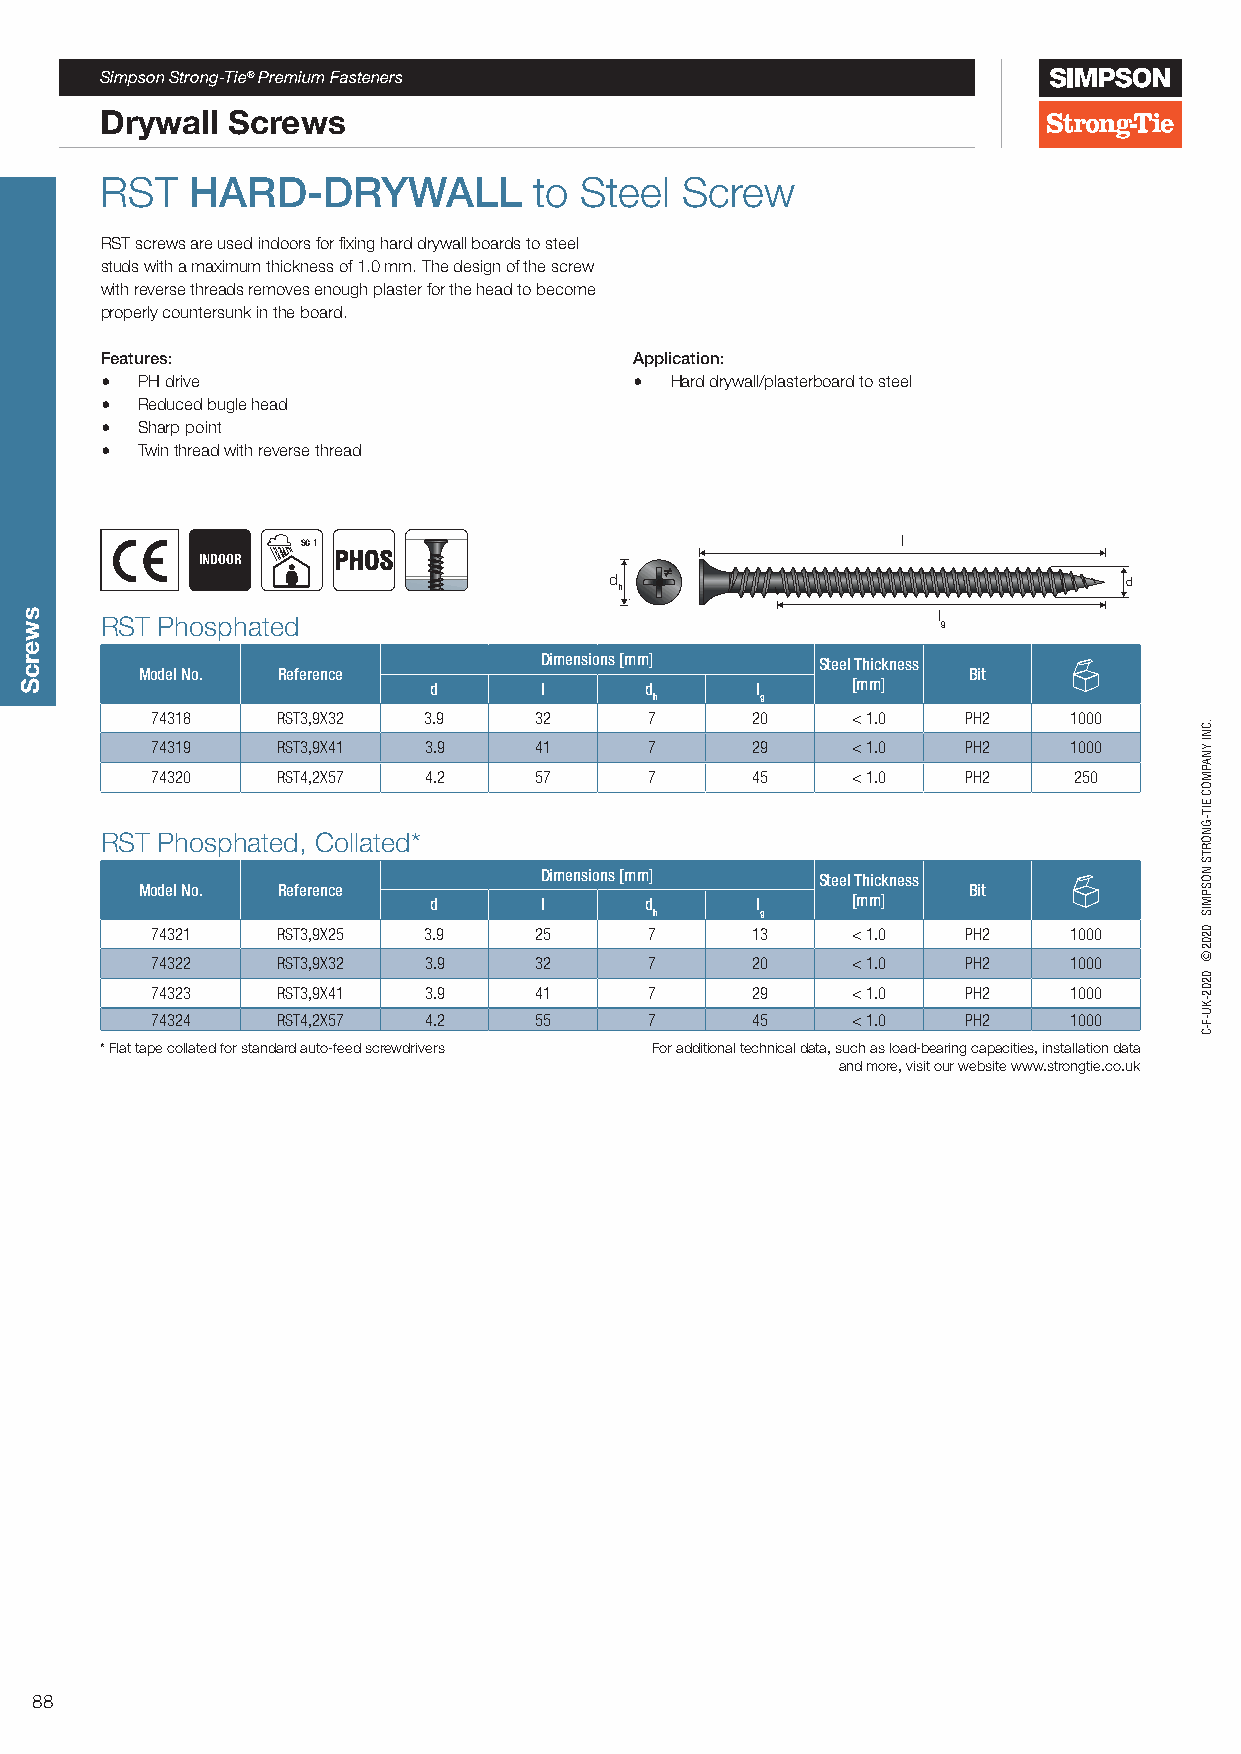
Simpson Strong-Tie® Premium Fasteners
 Drywall Screws
 RST   HARD-DRYWALL          to Steel  Screw
 RST screws are used indoors for fixing hard drywall boards to steel
 studs with a maximum thickness of 1.0 mm. The design of the screw
 with reverse threads removes enough plaster for the head to become
 properly countersunk in the board.
 Features:                          Application:
 • PH drive                         • Hard drywall/plasterboard to steel
 • Reduced bugle head
 • Sharp point
 • Twin thread with reverse thread
 SC 1                                    l
 INDOOR   PHOS
 d                                 d
 h
 l
 RST Phosphated                                         g
 Dimensions [mm]   Steel Thickness
 Model No. Reference                                    Bit
 d       l      d      l     [mm]
 h      g
 74318   RST3,9X32 3.9    32      7      20    < 1.0   PH2    1000
 74319   RST3,9X41 3.9    41      7      29    < 1.0   PH2    1000
 74320   RST4,2X57 4.2    57      7      45    < 1.0   PH2    250
 RST Phosphated, Collated*
 Dimensions [mm]   Steel Thickness
 Model No. Reference                                    Bit
 d       l      d      l     [mm]
 h      g
 74321   RST3,9X25 3.9    25      7      13    < 1.0   PH2    1000
 74322   RST3,9X32 3.9    32      7      20    < 1.0   PH2    1000
 74323   RST3,9X41 3.9    41      7      29    < 1.0   PH2    1000
 74324   RST4,2X57 4.2    55      7      45    < 1.0   PH2    1000
 * Flat tape collated for standard auto-feed screwdrivers For additional technical data, such as load-bearing capacities, installation data
 and more, visit our website www.strongtie.co.uk
 88
 swercS
 XX
 .CNI
 YNAPMOC
 EIT-GNORTS
 NOSPMIS
 0202©
 0202-KU-F-C